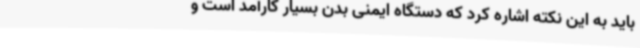
باید به این نکته اشاره کرد که دستگاه ایمنی بدن بسیار کارآمد است و